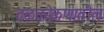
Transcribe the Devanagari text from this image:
तळकोकणातील